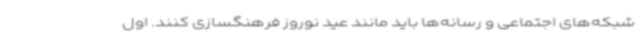
شبکه‌های اجتماعی و رسانه‌ها باید مانند عید نوروز فرهنگسازی کنند. اول